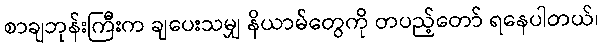
စာချဘုန်းကြီးက ချပေးသမျှ နိယာမ်တွေကို တပည့်တော် ရနေပါတယ်၊